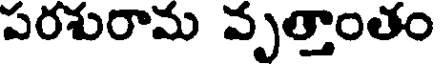
పరశురామ వృత్తాంతం